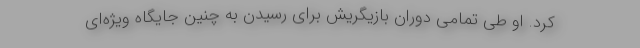
کرد. او طی تمامی دوران بازیگریش برای رسیدن به چنین جایگاه ویژه‌ای